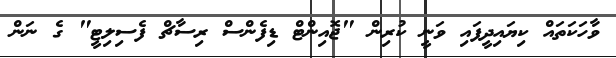
ވާހަކަތައް ކިޔައިދީފައި ވަނީ ކުރިން "ޖޮއިންޓް ޑިފެންސް ރިސާޗް ފެސިލިޓީ" ގެ ނަން